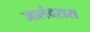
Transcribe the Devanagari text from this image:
जालंदरास